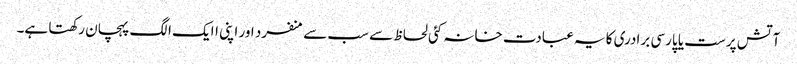
آتش پرست یا پارسی برادری کا یہ عبادت خانہ کئی لحاظ سے سب سے منفرد اور اپنی اایک الگ پہچان رکھتا ہے۔